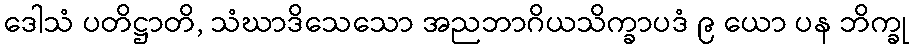
ဒေါသံ ပတိဋ္ဌာတိ, သံဃာဒိသေသော အညဘာဂိယသိက္ခာပဒံ ၉ ယော ပန ဘိက္ခု